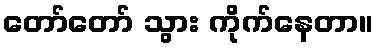
တော်တော် သွား ကိုက်နေတာ။